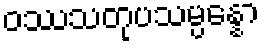
ဝဿသတုပသမ္ပန္နော